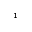
^ { 1 }